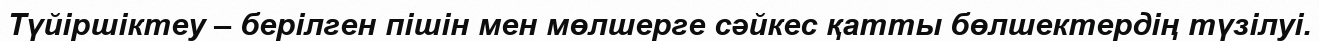
Түйіршіктеу – берілген пішін мен мөлшерге сәйкес қатты бөлшектердің түзілуі.